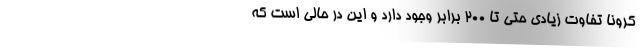
کرونا تفاوت زیادی حتی تا ۲۰۰ برابر وجود دارد و این در حالی است که